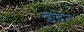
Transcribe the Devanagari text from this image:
इदेर